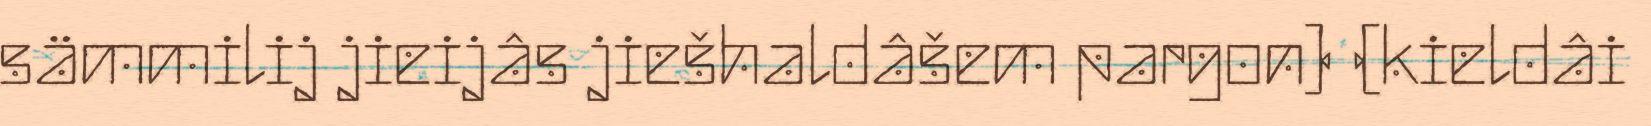
sämmilij jieijâs jiešhaldâšem pargon) (kieldâi